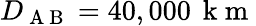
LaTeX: D_{\mathrm{~A~B~}}=40,000\, \mathrm{~k~m~}